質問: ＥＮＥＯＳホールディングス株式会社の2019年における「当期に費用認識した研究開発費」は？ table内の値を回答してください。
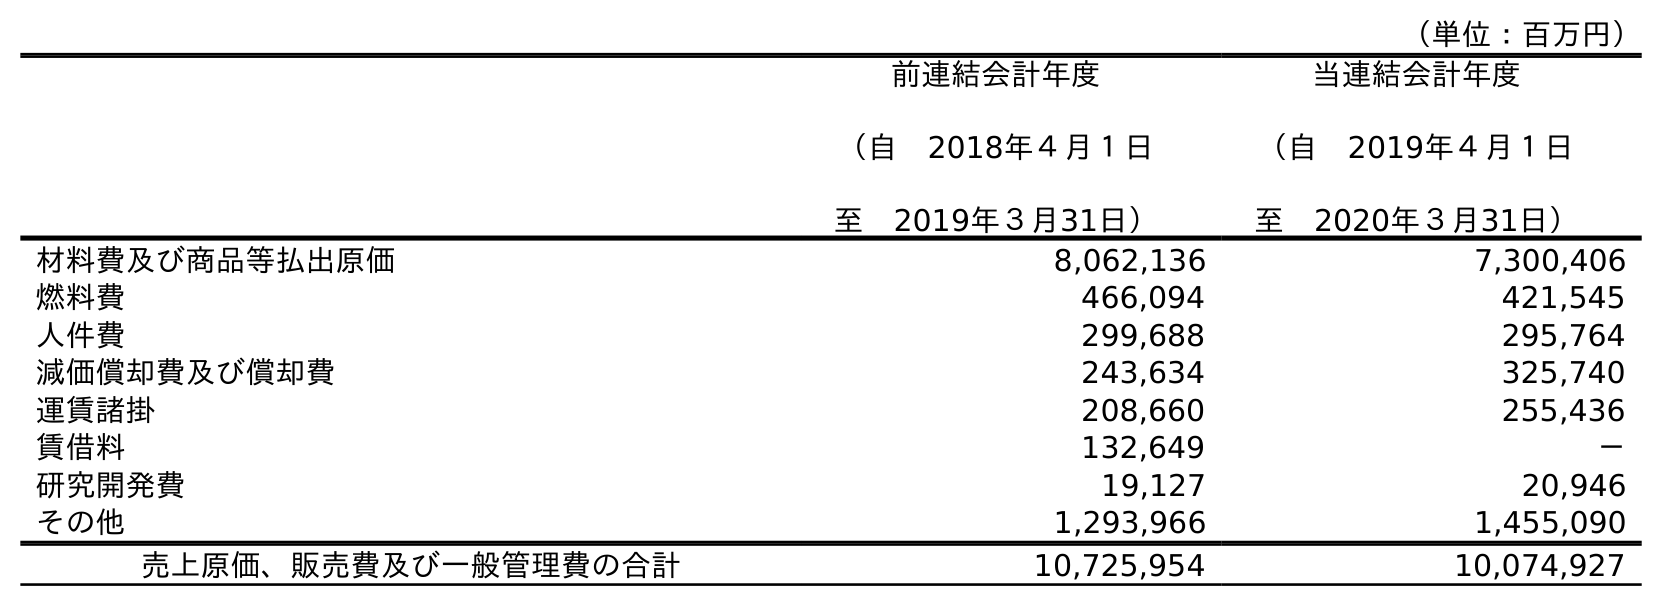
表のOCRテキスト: （単位：百万円） 前連結会計年度 （自 2018年４月１日 至 2019年３月31日） 当連結会計年度 （自 2019年４月１日 至 2020年３月31日） 材料費及び商品等払出原価 8,062,136 7,300,406 燃料費 466,094 421,545 人件費 299,688 295,764 減価償却費及び償却費 243,634 325,740 運賃諸掛 208,660 255,436 賃借料 132,649 － 研究開発費 19,127 20,946 その他 1,293,966 1,455,090 売上原価、販売費及び一般管理費の合計 10,725,954 10,074,927
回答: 19,127